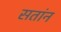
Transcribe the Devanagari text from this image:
सतांन